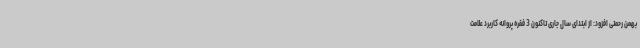
بهمن رحمتی افزود: از ابتدای سال جاری تاکنون 3 فقره پروانه کاربرد علامت